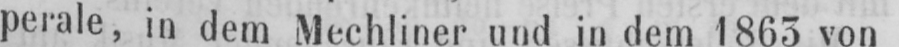
perale, in dem Mechliner und in dem 1865 von